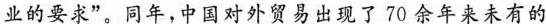
业的要求”。同年，中国对外贸易出现了70余年来未有的